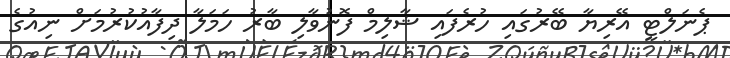
ޕެނަލްޓީ އޭރިޔާ ބޭރުގައި ހުރެފައި ޝާލިމް ފޮނުވާލި ބާރު ހަމަލާ ދިފާއުކުރުމަށް ނިއުގެ